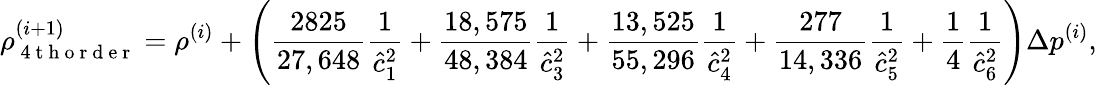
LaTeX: \rho_{\mathrm{~4~t~h~o~r~d~e~r~}}^{(i+1)}=\rho^{(i)}+\left(\frac{2825}{27,648}\frac{1}{\hat{c}_{1}^{2}}+\frac{18,575}{48,384}\frac{1}{\hat{c}_{3}^{2}}+\frac{13,525}{55,296}\frac{1}{\hat{c}_{4}^{2}}+\frac{277}{14,336}\frac{1}{\hat{c}_{5}^{2}}+\frac{1}{4}\frac{1}{\hat{c}_{6}^{2}}\right)\Delta p^{(i)},